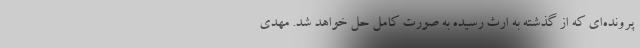
پرونده‌ای که از گذشته به ارث رسیده به صورت کامل حل خواهد شد. مهدی